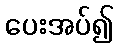
ပေးအပ်၍